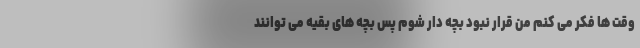
وقت ها فکر می کنم من قرار نبود بچه دار شوم پس بچه های بقیه می توانند